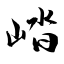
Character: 崉